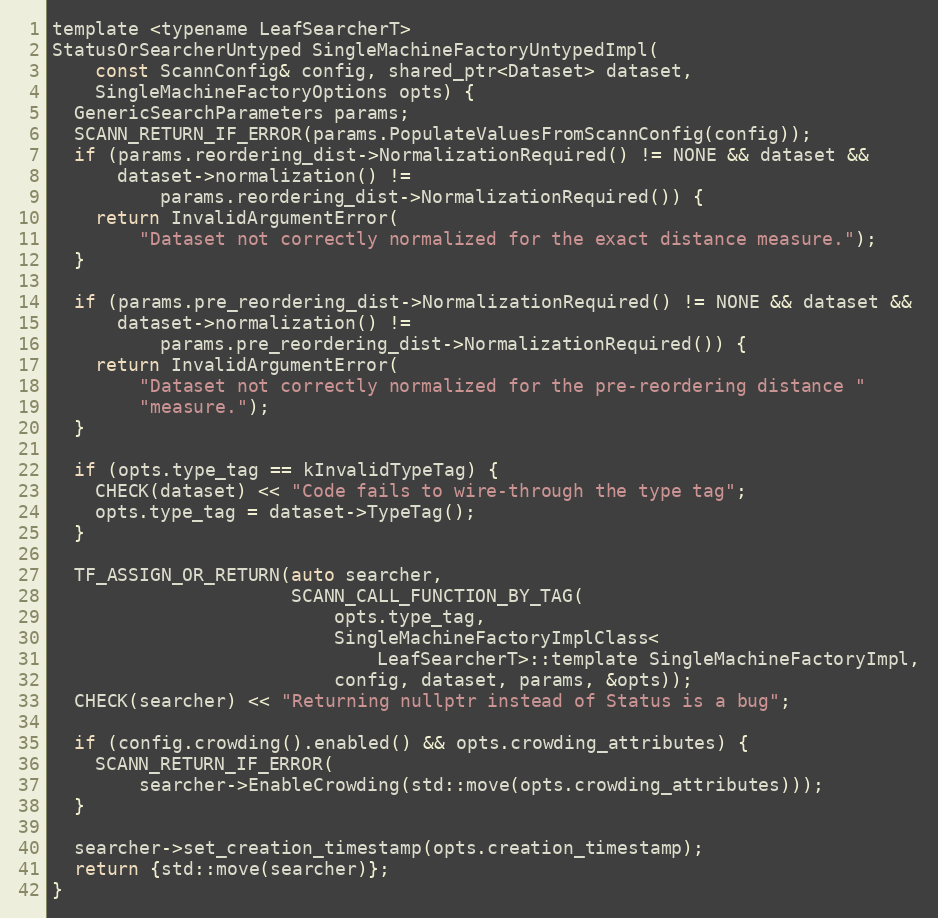
Language: C
template <typename LeafSearcherT>
StatusOrSearcherUntyped SingleMachineFactoryUntypedImpl(
    const ScannConfig& config, shared_ptr<Dataset> dataset,
    SingleMachineFactoryOptions opts) {
  GenericSearchParameters params;
  SCANN_RETURN_IF_ERROR(params.PopulateValuesFromScannConfig(config));
  if (params.reordering_dist->NormalizationRequired() != NONE && dataset &&
      dataset->normalization() !=
          params.reordering_dist->NormalizationRequired()) {
    return InvalidArgumentError(
        "Dataset not correctly normalized for the exact distance measure.");
  }

  if (params.pre_reordering_dist->NormalizationRequired() != NONE && dataset &&
      dataset->normalization() !=
          params.pre_reordering_dist->NormalizationRequired()) {
    return InvalidArgumentError(
        "Dataset not correctly normalized for the pre-reordering distance "
        "measure.");
  }

  if (opts.type_tag == kInvalidTypeTag) {
    CHECK(dataset) << "Code fails to wire-through the type tag";
    opts.type_tag = dataset->TypeTag();
  }

  TF_ASSIGN_OR_RETURN(auto searcher,
                      SCANN_CALL_FUNCTION_BY_TAG(
                          opts.type_tag,
                          SingleMachineFactoryImplClass<
                              LeafSearcherT>::template SingleMachineFactoryImpl,
                          config, dataset, params, &opts));
  CHECK(searcher) << "Returning nullptr instead of Status is a bug";

  if (config.crowding().enabled() && opts.crowding_attributes) {
    SCANN_RETURN_IF_ERROR(
        searcher->EnableCrowding(std::move(opts.crowding_attributes)));
  }

  searcher->set_creation_timestamp(opts.creation_timestamp);
  return {std::move(searcher)};
}